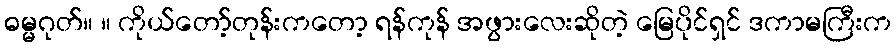
ဓမ္မဂုတ်။ ။ ကိုယ်တော့်တုန်းကတော့ ရန်ကုန် အဖွားလေးဆိုတဲ့ မြေပိုင်ရှင် ဒကာမကြီးက